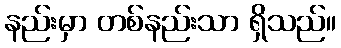
နည်းမှာ တစ်နည်းသာ ရှိသည်။